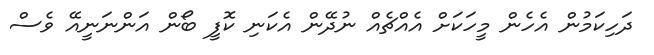
ދަހިކަމުން އެހެން މީހަކަށް އެއްޗެއް ނުދޭން އެކަނި ކޮފީ ބޯން އަންނަނީއޭ ވެސް